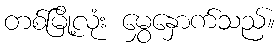
တစ်မြို့လုံး မွှေနှောက်သည်။